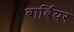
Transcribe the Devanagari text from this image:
बार्बियर